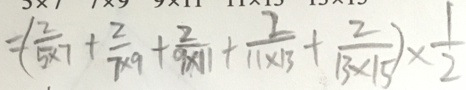
= ( \frac { 2 } { 5 \times 7 } + \frac { 2 } { 7 \times 9 } + \frac { 2 } { 9 \times 1 1 } + \frac { 2 } { 1 1 \times 1 3 } + \frac { 2 } { 1 3 \times 1 5 } ) \times \frac { 1 } { 2 }